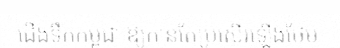
ជើងទឹកកម្ពុជា ឱ្យកាន់តែប្រសើរឡើងថែម